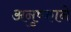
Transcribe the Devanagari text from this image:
अनुष्काने